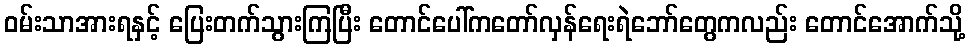
ဝမ်းသာအားရနှင့် ပြေးတက်သွားကြပြီး တောင်ပေါ်ကတော်လှန်ရေးရဲဘော်တွေကလည်း တောင်အောက်သို့